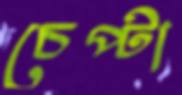
চেপ্টা